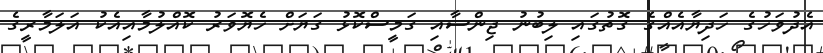
އެދުވަހުގެ ހަދިޔާއެއްގެ ގޮތުގައި ލިބުނު ޖިންސާއި ގަމީސްކޮޅު ގަޔަށް ހެޔޮވަރު ކޮއްލުމާއިއެކު އަލަމާރީގެ